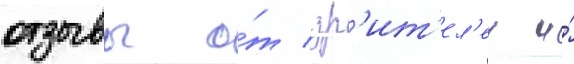
отзывы о́т зр'ит'ел'еи и́